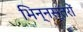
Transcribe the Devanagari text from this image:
भिन्नस्तरों